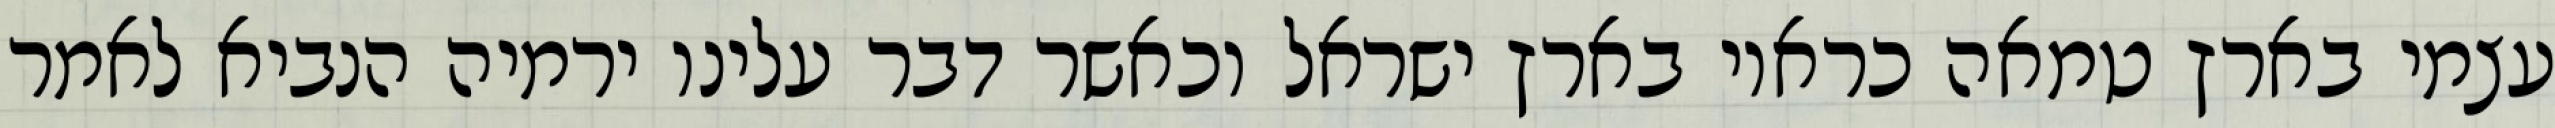
עצמי בארץ טמאה כראוי בארץ ישראל וכאשר דבר עלינו ירמיה הנביא לאמר